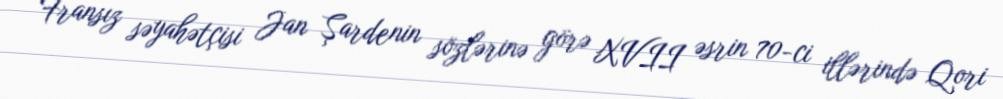
Fransız səyahətçisi Jan Şardenin sözlərinə görə XVII əsrin 70-ci illərində Qori